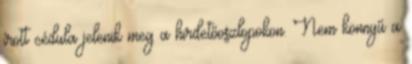
írott cédula jelenik meg a hirdetőoszlopokon. Nem könnyű a